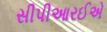
સીપીઆરઈએ